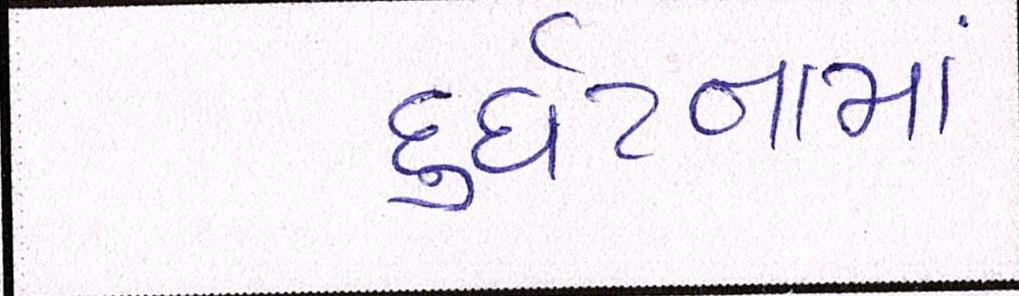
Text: દુર્ઘટનામાં